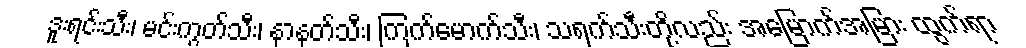
ဒူးရင်းသီး၊ မင်းကွတ်သီး၊ နာနတ်သီး၊ ကြက်မောက်သီး၊ သရက်သီးတို့လည်း အမြောက်အမြား ထွက်ရာ